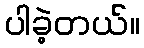
ပါခဲ့တယ်။